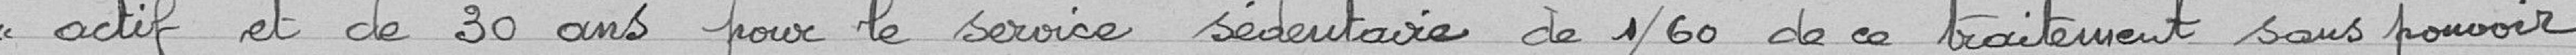
<< actif et de 30 ans pour le service sédentaire de 1/60 de ce traitement sans pouvoir